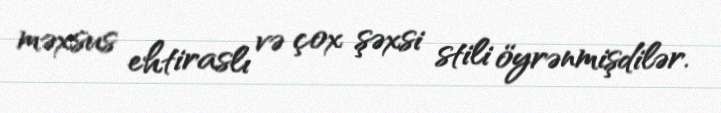
məxsus ehtiraslı və çox şəxsi stili öyrənmişdilər.